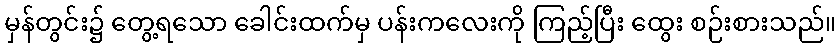
မှန်တွင်း၌ တွေ့ရသော ခေါင်းထက်မှ ပန်းကလေးကို ကြည့်ပြီး ထွေး စဉ်းစားသည်။